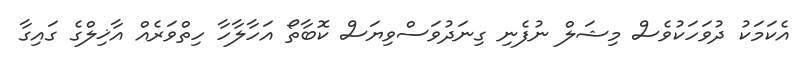
އެކަމަކު ދުވަހަކުވެސް މިޝަލް ނުފެނި ގިނަދުވަސްވިޔަސް ކޮބާތޯ އަހާލާހާ ހިތްވަރެއް އާޚިލްގެ ގައިގާ